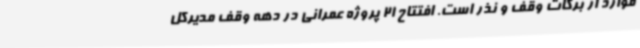
موارد از برکات وقف و نذر است. افتتاح 21 پروژه عمرانی در دهه وقف مدیرکل